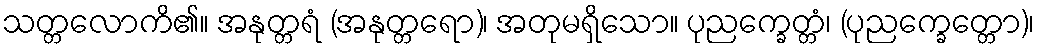
သတ္တလောကိ၏။ အနုတ္တရံ (အနုတ္တရော)၊ အတုမရှိသော။ ပုညက္ခေတ္တံ၊ (ပုညက္ခေတ္တော)၊